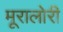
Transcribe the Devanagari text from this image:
मूरालोरी